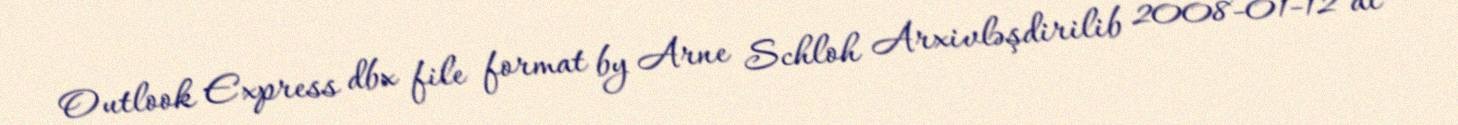
Outlook Express dbx file format by Arne Schloh Arxivləşdirilib 2008-01-12 at